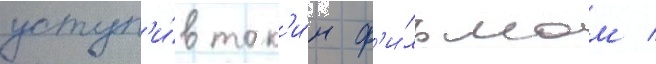
уступ'и́в так'и́м ф'и́льмам /